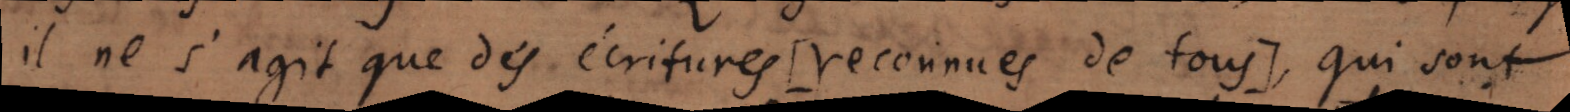
il ne s’agit que des écritures [reconnues de tous], qui sont